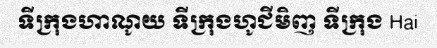
ទីក្រុងហាណូយ ទីក្រុងហូជីមិញ ទីក្រុង Hai